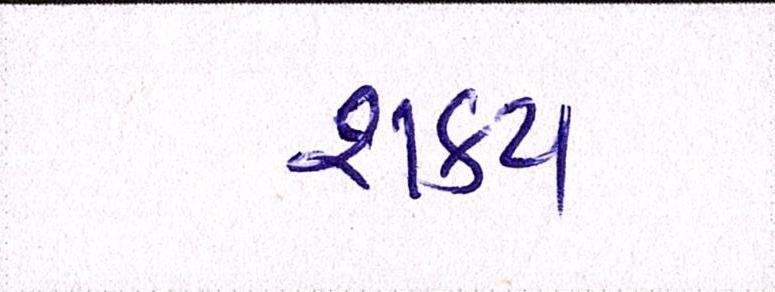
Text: શક્ય